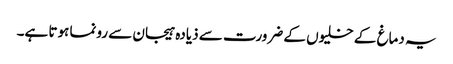
یہ دماغ کے خلیوں کے ضرورت سے ذیادہ ہیجان سے رونما ہوتا ہے۔